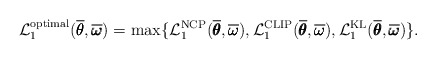
\begin{align*} \mathcal{L}^{\mathrm{optimal}}_{1}(\overline{\pmb{\theta}}, \overline{\pmb{\omega}}) = \max\{\mathcal{L}^{\mathrm{NCP}}_{1}(\overline{\pmb{\theta}}, \overline{\pmb{\omega}}), \mathcal{L}^{\mathrm{CLIP}}_{1}(\overline{\pmb{\theta}}, \overline{\pmb{\omega}}), \mathcal{L}^{\mathrm{KL}}_{1}(\overline{\pmb{\theta}}, \overline{\pmb{\omega}})\}.\end{align*}